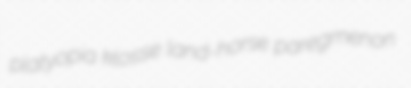
platyopia klosse land-horse paregmenon